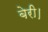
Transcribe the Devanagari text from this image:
बेरी।